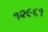
૧૨૯૬૧